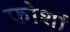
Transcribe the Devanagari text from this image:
फोर्शा